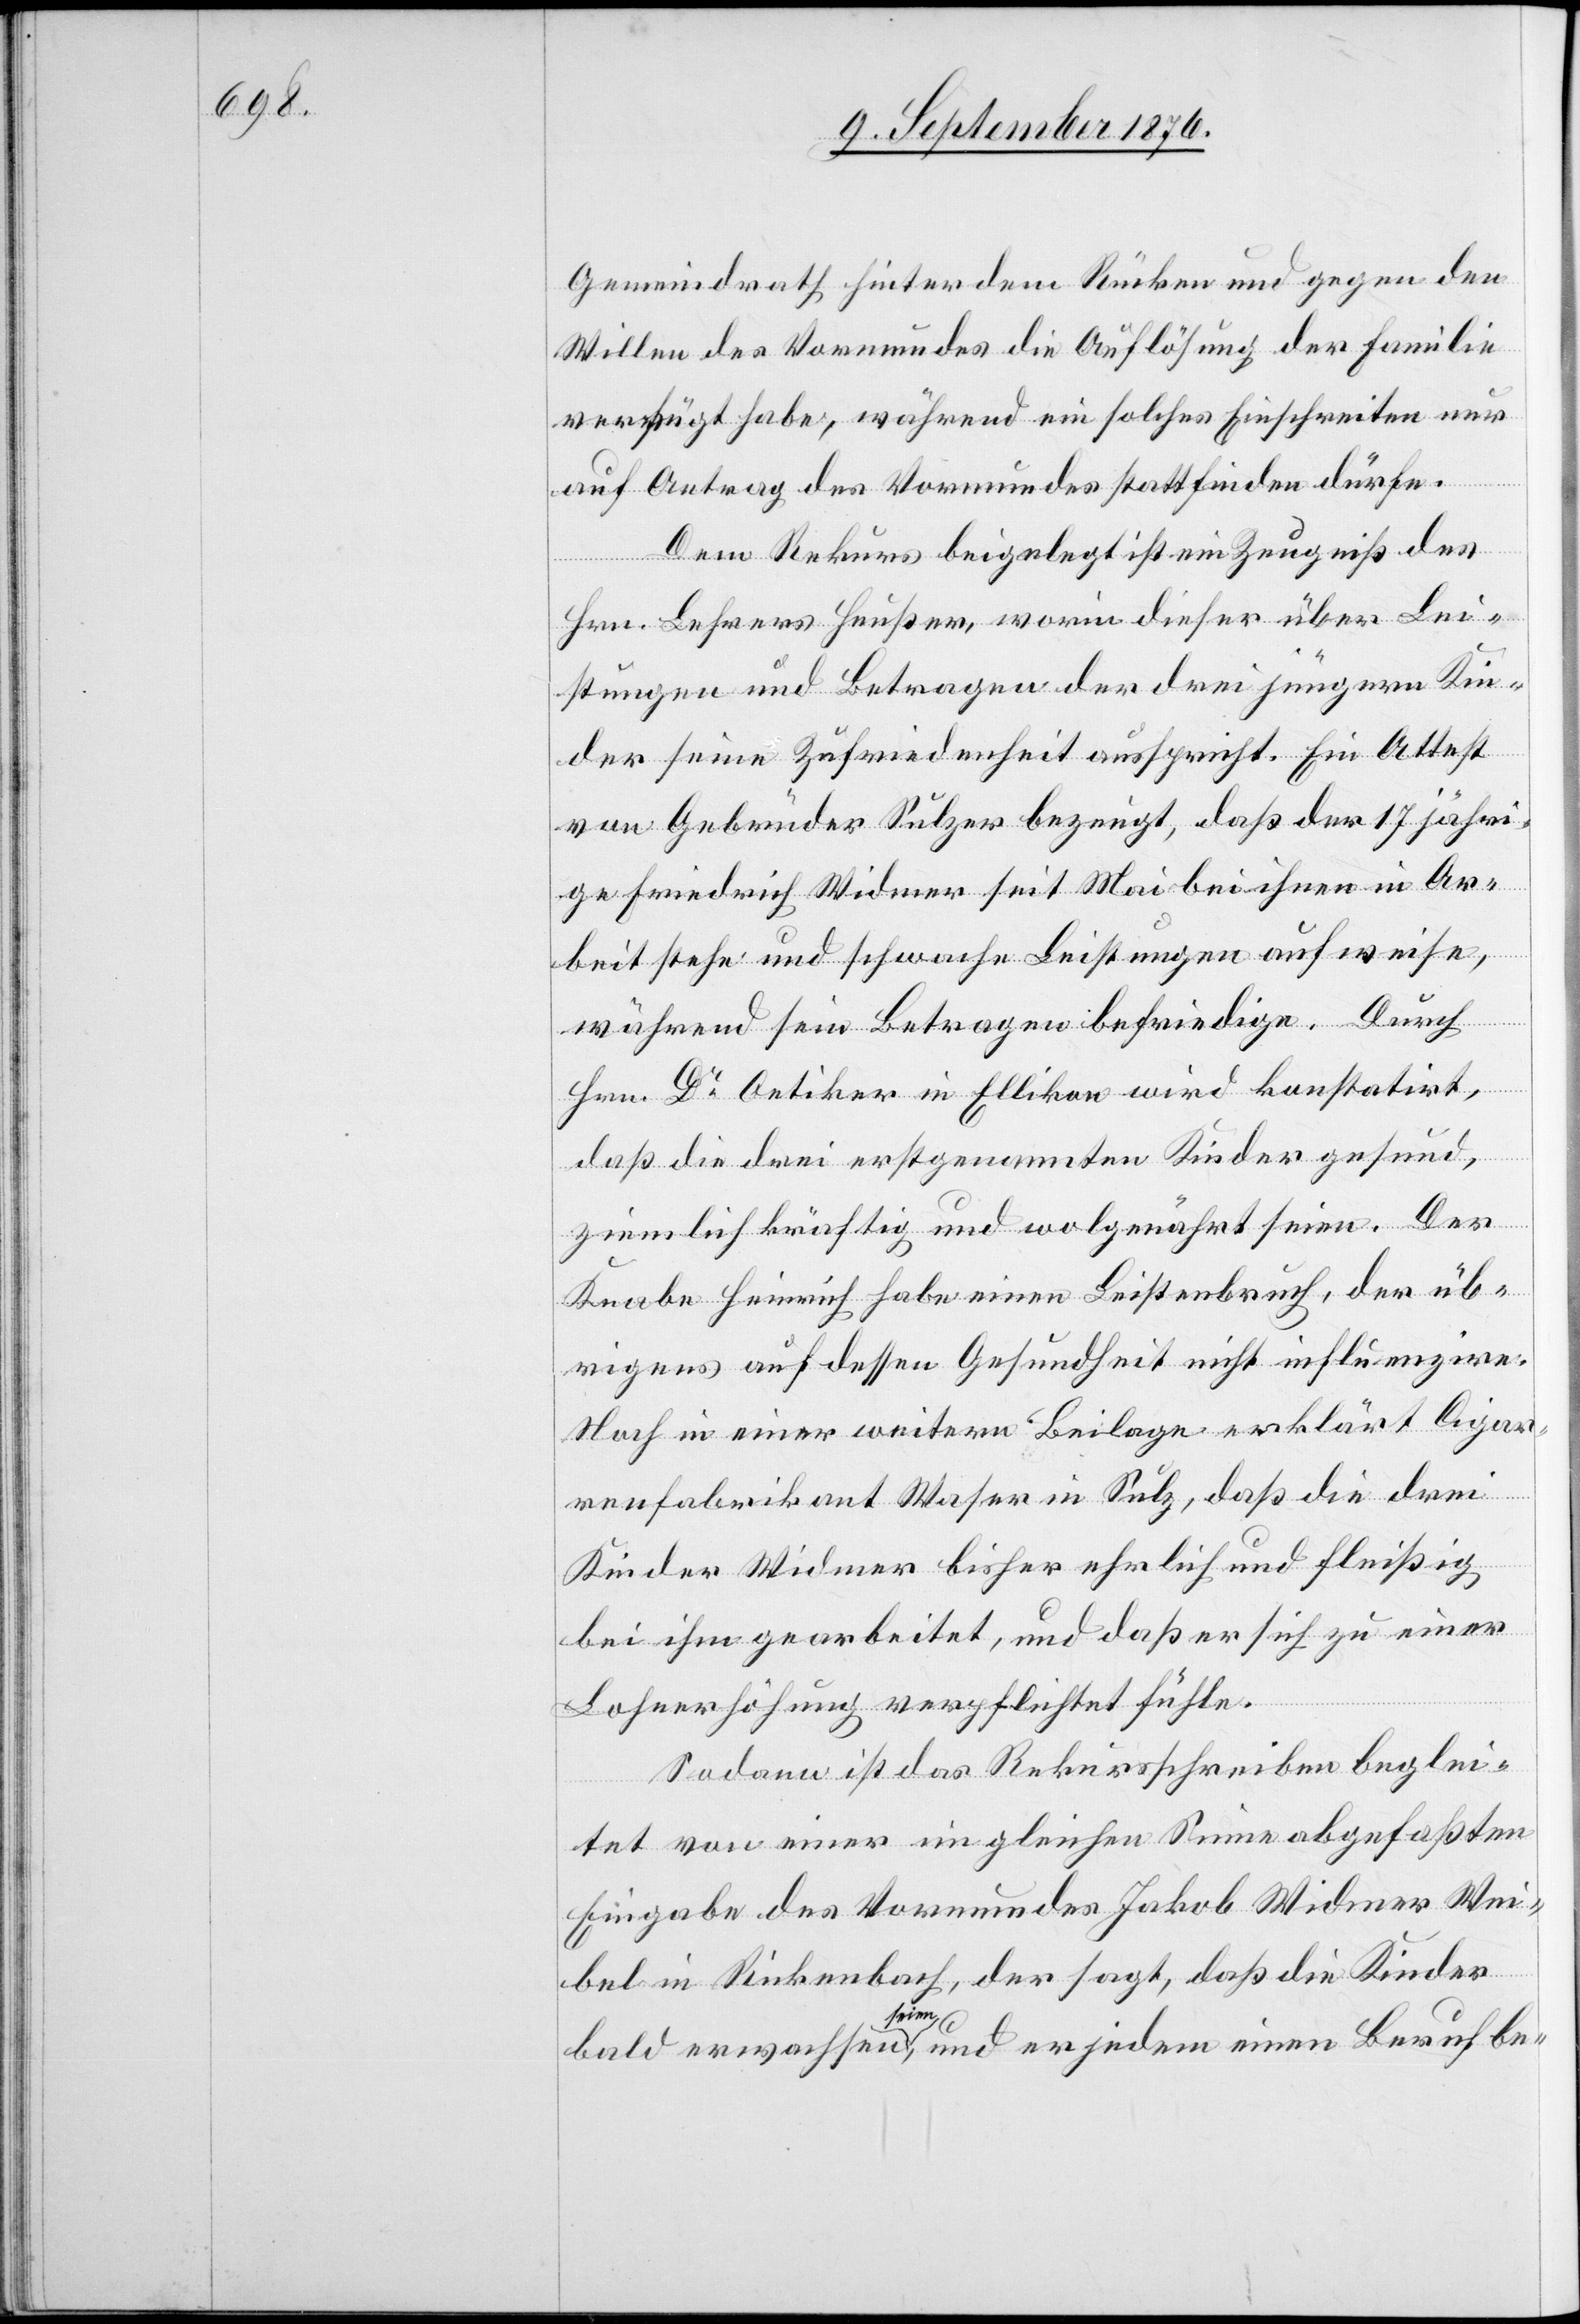
Gemeindrath hinter dem Rücken und gegen den
Willen des Vormundes die Auflösung der Familie
verfügt habe, während ein solches Einschreiten nur
auf Antrag der Vormundschaft stattfinden dürfe.
Dem Rekurs beigelegt ist ein Zeugniß des
Hrn. Lehrers Heußer, worin dieser über Lei¬
stungen und Betragen der drei jüngern Kin¬
der seine Zufriedenheit ausspricht. Ein Attest
von Gebrüder Sulzer bezeigt, daß der 17 jähri¬
ge Friedrich Widmer seit Mai bei ihnen in Ar¬
beit stehe und schwache Leistungen aufweise,
während sein Betragen befriedige. Durch
Hrn. Dr Oetiker in Ellikon wird konstatirt,
daß die drei erstgenannten Kinder gesund,
Beruf
ziemlich kräftig und wolgenährt seien. Der
Knabe Heinrich habe einen Leistenbruch, der üb¬
rigens auf dessen Gesundheit nicht influenzire.
Noch in einer weitern Beilage erklärt Cigar¬
be-
renfabrikant Waser in Sulz, daß die drei
Kinder Widmer bisher ehrlich und fleißig
bei ihm gearbeitet, und daß er sich zu einer
Lohnerhöhung verpflichtet fühle.
Sodann ist das Rekursschreiben beglei¬
tet von einer im gleichen Sinne abgefaßten
Eingabe des Vormundes Jakob Widmer Wei¬
bel in Rickenbach, der sagt, daß die Kinder
seien a,